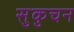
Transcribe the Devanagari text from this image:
सुकुचन